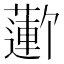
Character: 𬞮